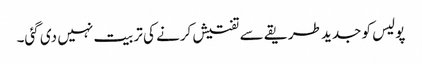
پولیس کو جدید طریقے سے تفتیش کرنے کی تربیت نہیں دی گئی۔